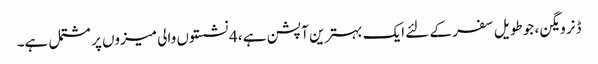
ڈنر ویگن ، جو طویل سفر کے لئے ایک بہترین آپشن ہے ، 4 نشستوں والی میزوں پر مشتمل ہے۔